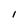
Character: I